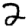
Digit: 2